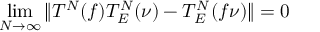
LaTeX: \operatorname * { l i m } _ { N \to \infty } \Vert T ^ { N } ( f ) T _ { E } ^ { N } ( \nu ) - T _ { E } ^ { N } ( f \nu ) \Vert = 0